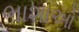
ભાશાઓ